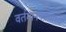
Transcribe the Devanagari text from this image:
वर्तमानपत्रांमध्यॆ